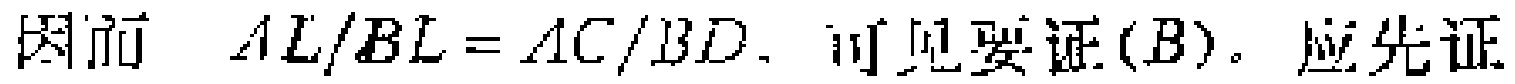
因而 \(AL/BL = AC/BD\). 可见要证\((B)\)。应先证